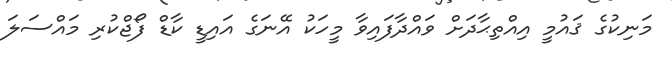
މަނިކުގެ ޤައުމީ އިއްތިޙާދަށް ވައްދާފައިވާ މީހަކު އޭނަގެ އައިޑީ ކާޑް ފޯޖްކުރި މައްސަލަ